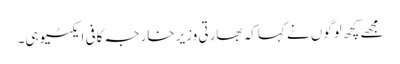
مجھے کچھ لوگوں نے کہا کہ بھارتی وزیر خارجہ کافی ایکٹیو ہی۔